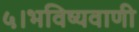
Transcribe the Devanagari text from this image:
५।भविष्यवाणी